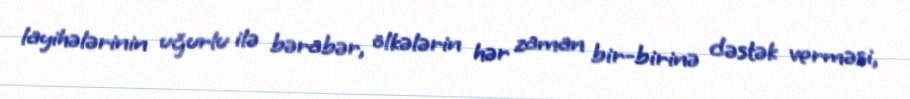
layihələrinin uğurlu ilə bərabər, ölkələrin hər zaman bir-birinə dəstək verməsi,